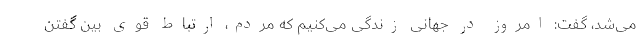
می‌شد، گفت: امروز در جهانی زندگی می‌کنیم که مردم، ارتباط قوی بین گفتن